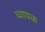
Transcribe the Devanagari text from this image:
व्वापक